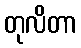
တုလိတာ